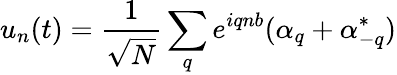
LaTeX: u_{n}(t)=\frac{1}{\sqrt{N}}\sum_{q}e^{iqnb}(\alpha_{q}+\alpha_{-q}^{*})